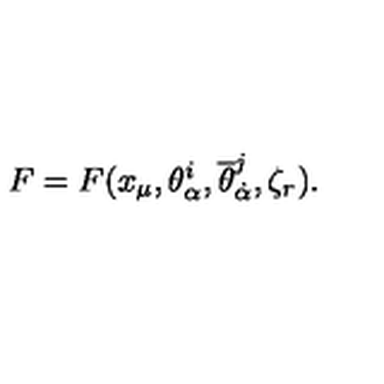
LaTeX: F = F ( x _ { \mu } , \theta _ { \alpha } ^ { i } , { \overline { \theta } } _ { \dot { \alpha } } ^ { j } , \zeta _ { r } ) .